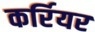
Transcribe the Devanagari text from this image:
कर्रियर